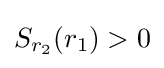
S_{r_{2}}(r_{1})>0